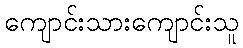
ကျောင်းသားကျောင်းသူ